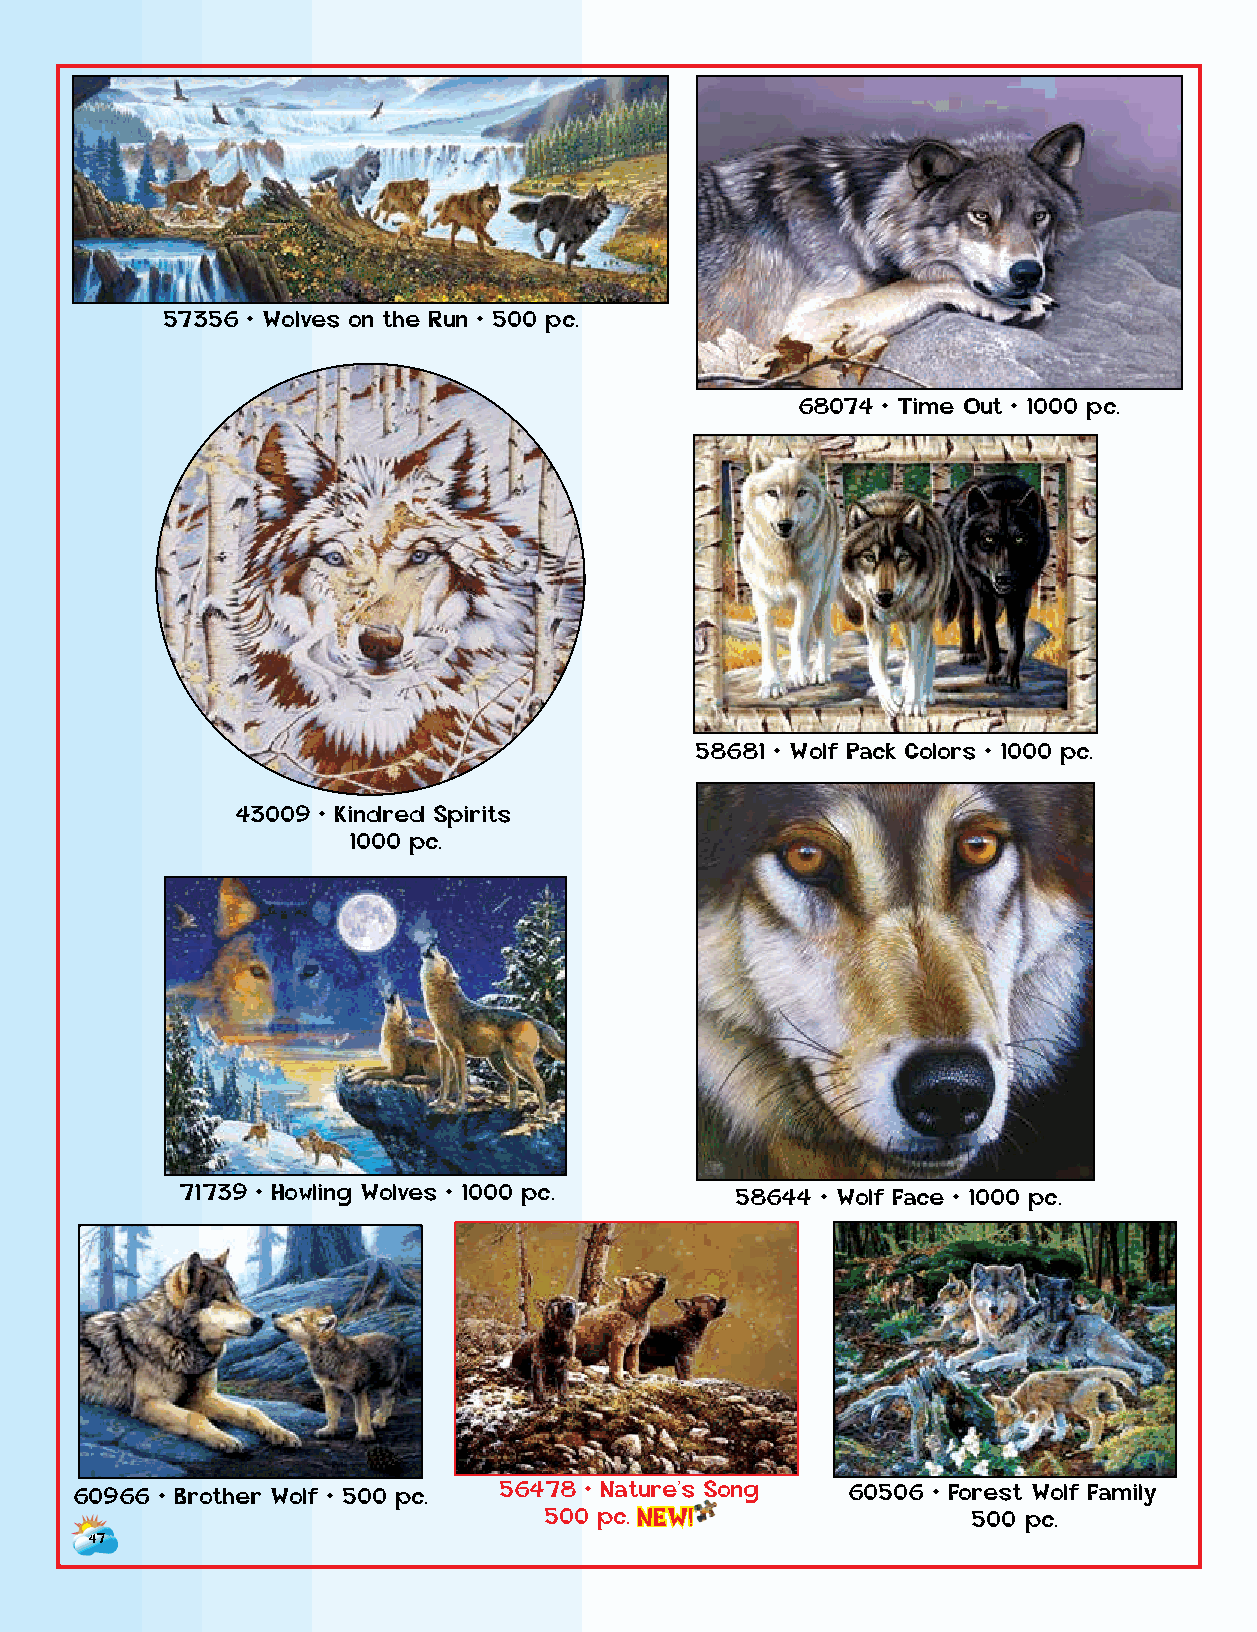
57356 • Wolves on the Run • 500 pc.
 68074 • Time Out • 1000 pc.
 58681 • Wolf Pack Colors • 1000 pc.
 43009 • Kindred Spirits
 1000 pc.
 71739 • Howling Wolves • 1000 pc.    58644 • Wolf Face • 1000 pc.
 60966 • Brother Wolf • 500 pc. 56478 • Nature’s Song 60506 • Forest Wolf Family
 500 p c . NEW!              500 pc.
 4137